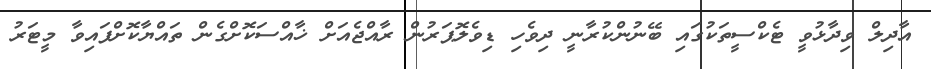
އާދިލް ވިދާޅުވީ ޓެކްސީތަކުގައި ބޭނުންކުރާނީ ދިވެހި ޑިވެލޮޕަރުން ރާއްޖެއަށް ޚާއްސަކޮށްގެން ތައްޔާކޮށްފައިވާ މީޓަރު